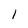
Character: 1